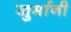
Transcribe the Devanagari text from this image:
खुर्मानी